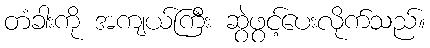
တံခါးကို အကျယ်ကြီး ဆွဲဖွင့်ပေးလိုက်သည်။